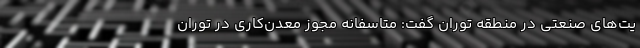
یت‌های صنعتی در منطقه توران گفت: متاسفانه مجوز معدن‌کاری در توران